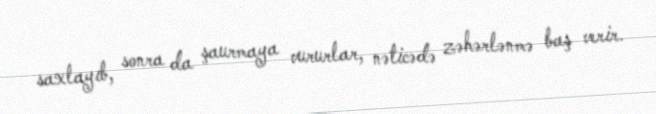
saxlayıb, sonra da şaurmaya vururlar, nəticədə zəhərlənmə baş verir.